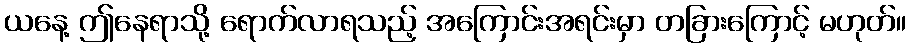
ယနေ့ ဤနေရာသို့ ရောက်လာရသည့် အကြောင်းအရင်းမှာ တခြားကြောင့် မဟုတ်။